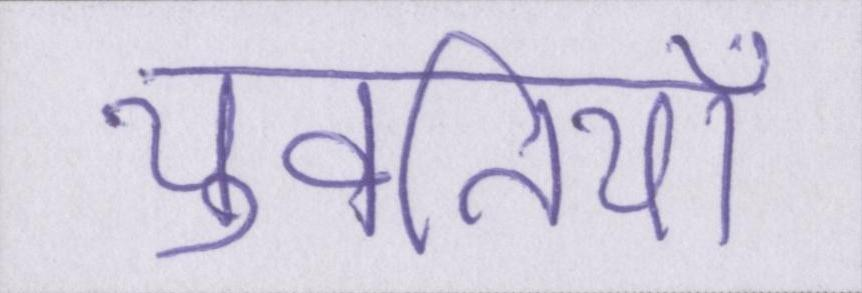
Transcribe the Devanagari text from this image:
युवतियाँ